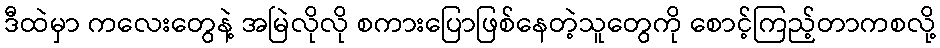
ဒီထဲမှာ ကလေးတွေနဲ့ အမြဲလိုလို စကားပြောဖြစ်နေတဲ့သူတွေကို စောင့်ကြည့်တာကစလို့